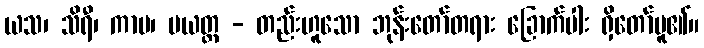
ယသ၊ သိရီ၊ ကာမ၊ ပယတ္တ - တည်းဟူသော ဘုန်းတော်တရား ခြောက်ပါး ရှိတော်မူ၏။